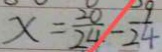
x = \frac { 2 0 } { 2 4 } - \frac { 9 } { 2 4 }